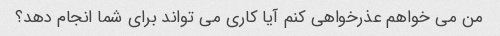
من می خواهم عذرخواهی کنم آیا کاری می تواند برای شما انجام دهد؟